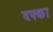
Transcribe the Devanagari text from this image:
दफ्का